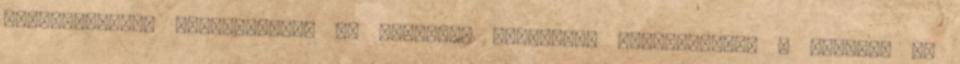
betegségeiben alkalmazzák, és külsőleg zúzódások borogatására a dagadás és